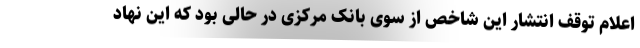
اعلام توقف انتشار این شاخص از سوی بانک مرکزی در حالی بود که این نهاد